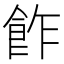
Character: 飵